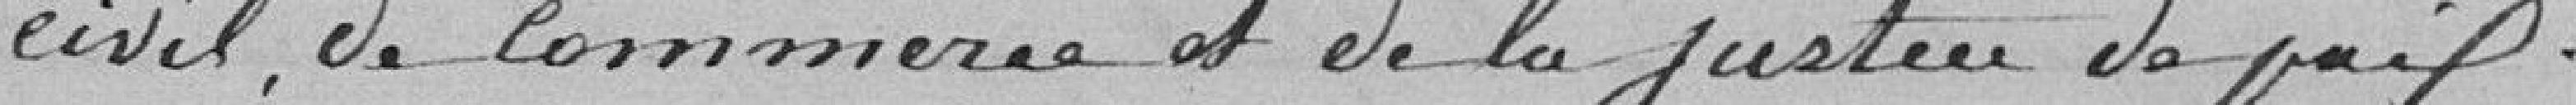
civil, de commerce et de la justice de paix.